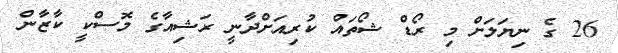
26 ގެ ނިޔަލަށް މި ރޯޑް ޝޯތައް ކުރިއަށްދާނީ ރަޝިއާގެ މޮސްކީ ކާޒާން